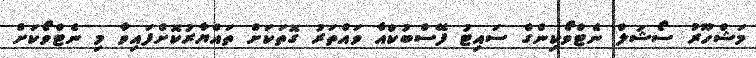
މަޝްހޫރު ސޯޝަލް ނެޓްވޯކިންގް ސައިޓު ފޭސްބުކްއާ ވައްތަރު ގޮތަކަށް ތައްޔާރުކޮށްފައިވާ މި ނެޓްވޯކަށް